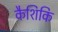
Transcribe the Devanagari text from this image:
कैशिकि